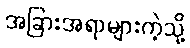
အခြားအရာများကဲ့သို့